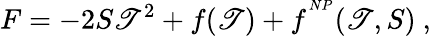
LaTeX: {F}=-2S\mathscr{T}^{2}+f(\mathscr{T})+f^{^{NP}}(\mathscr{T},S)\ ,